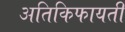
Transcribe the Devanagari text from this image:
अतिकिफायती